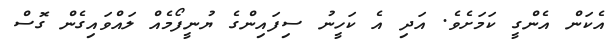
އެކަން އެންގީ ކަމަށެވެ. އަދި އެ ކަހީނު ސިފައިންގެ ޔުނީފޯމެއް ލައްވައިގެން ގޮސް